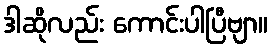
ဒါဆိုလည်း ကောင်းပါပြီဗျာ။